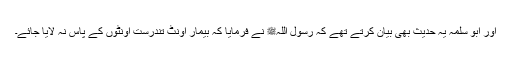
اور ابو سلمہ یہ حدیث بھی بیان کرتے تھے کہ رسول اللہﷺ نے فرمایا کہ بیمار اونٹ تندرست اونٹوں کے پاس نہ لایا جائے۔